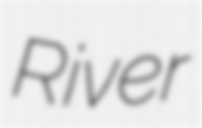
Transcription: River